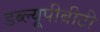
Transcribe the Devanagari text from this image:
डब्ल्यूपीबीटी